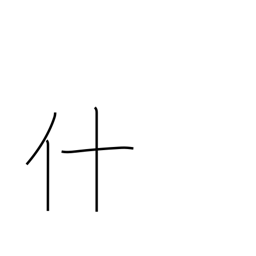
Meaning: thing